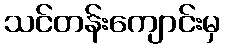
သင်တန်းကျောင်းမှ